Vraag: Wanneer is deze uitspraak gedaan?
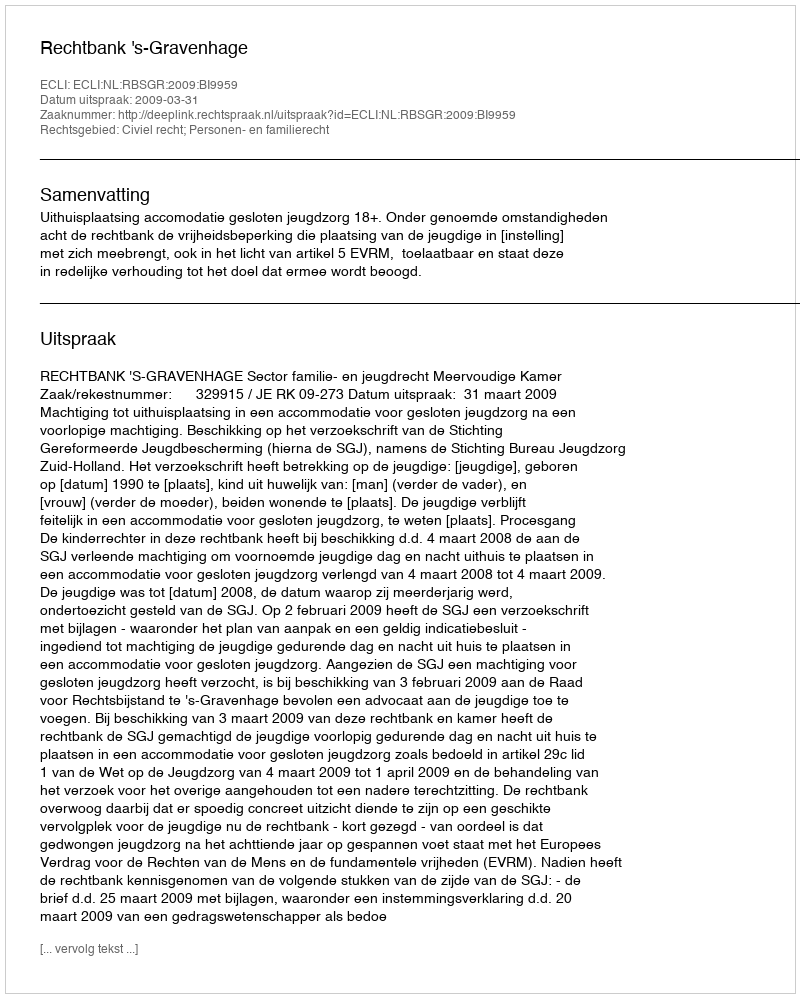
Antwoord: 2009-03-31